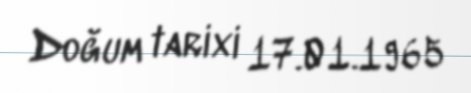
Doğum tarixi 17.01.1965